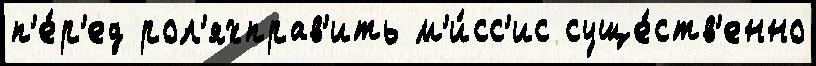
п'е́р'ед рол'яхправ'ить м'и́сс'ис суще́ств'енно